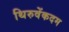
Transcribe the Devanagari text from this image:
थिरुवेंकदम